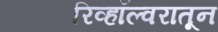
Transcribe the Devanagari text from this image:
रिव्हॉल्वरातून